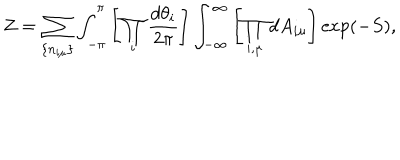
Z = \sum _ { \{ n _ { i \mu } \} } \int _ { - \pi } ^ { \pi } \left[ \prod _ { i } \frac { d \theta _ { i } } { 2 \pi } \right] \int _ { - \infty } ^ { \infty } \left[ \prod _ { i , \mu } d A _ { i \mu } \right] \exp ( - S ) ,